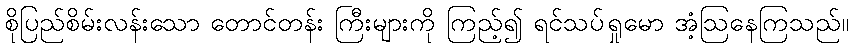
စိုပြည်စိမ်းလန်းသော တောင်တန်း ကြီးများကို ကြည့်၍ ရင်သပ်ရှုမော အံ့ဩနေကြသည်။